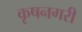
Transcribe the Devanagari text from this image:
कृषनगरी